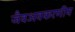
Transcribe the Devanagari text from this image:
जैवअवकरणीय